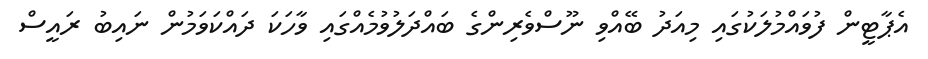
އެޕާޓީން ފުވައްމުލަކުގައި މިއަދު ބޭއްވި ނޫސްވެރިންގެ ބައްދަލުވުމެއްގައި ވާހަކަ ދައްކަވަމުން ނައިބު ރައީސް